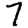
Digit: 7